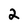
Character: 2